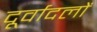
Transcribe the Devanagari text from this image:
दूर्वादलों